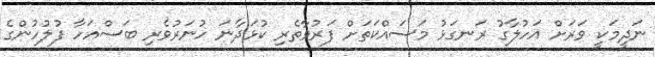
ނަދީމަކީ ވަރަށް އަހުލާގު ރަނގަޅު މަސައްކަތަށް ފަރުވާތެރި ކުޅަދާނަ ހުނަރުވެރި ބަސްއަހާ ފުލުހުންގެ